Lunatic asylums in Bengal annual reports 1888-1898 - 1888-1898
Year: 1888
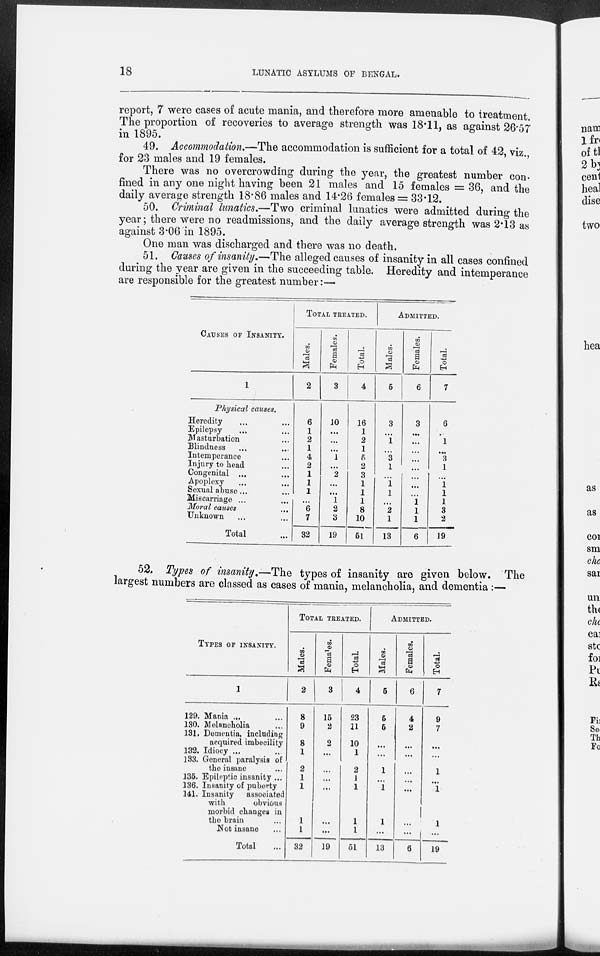
18
LUNATIC ASYLUMS OF BENGAL.
report, 7 were cases of acute mania, and therefore more amenable to treatment.
The proportion of recoveries to average strength was 18.11, as against 26.57
in 1895.
49. Accommodation.—The accommodation is sufficient for a total of 42, viz.
for 23 males and 19 females.
There was no overcrowding during the year, the greatest number con-
fined in any one night having been 21 males and 15 females = 36, and the
daily average strength 18.86 males and 14.26 females = 33.12.
50. Criminal lunatics.—Two criminal lunatics were admitted during the
year; there were no readmissions, and the daily average strength was 2.13 as
against 3.06 in 1895.
One man was discharged and there was no death.
51. Causes of insanity.—The alleged causes of insanity in all cases confined
during the year are given in the succeeding table. Heredity and intemperance
are responsible for the greatest number:—
CAUSES OF INSANITY.
1
Physical causes.
Heredity ... ...
Epilepsy ... ...
Masturbation ...
Blindness ... ...
Intemperance ...
Injury to head ...
Congenital ...
Apoplexy ...
Sexual abuse ...
Miscarriage ...
Moral causes ...
Unknown ... ...
Total ...
TOTAL TREATED.
Males.
2
6
1
2
1
4
2
1
1
1
...
6
7
32
Females.
3
10
...
...
...
1
...
2
...
...
1
2
3
19
Total.
4
16
1
2
1
5
2
3
1
1
1
8
10
51
ADMITTED.
Males.
5
3
...
1
...
3
1
...
1
1
...
2
1
13
Females.
6
3
...
...
...
...
...
...
...
...
1
1
1
6
Total.
7
6
...
1
...
3
1
...
1
1
1
3
2
19
52. Types of insanity.—The types of insanity are given below. The
largest numbers are classed as cases of mania, melancholia, and dementia:—
TYPES OF INSANITY.
1
129. Mania ... ...
130. Melancholia ...
131. Dementia, including
acquired imbecility
132. Idiocy ... ...
133. General paralysis of
the insane ...
135. Epileptic insanity ...
136. Insanity of puberty
141. Insanity
associated
with
obvious
morbid changes in
the brain ...
Not insane ...
Total ...
TOTAL TREATED.
Males.
2
8
9
8
1
2
1
1
1
1
32
Females.
3
15
2
2
...
...
...
...
...
...
19
Total.
4
23
11
10
1
2
1
1
1
1
51
ADMITTED.
Males.
5
5
5
...
...
1
...
1
1
...
13
Females.
6
4
2
...
...
...
...
...
...
...
6
Total.
7
9
7
...
...
1
...
1
1
...
19